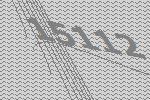
15112